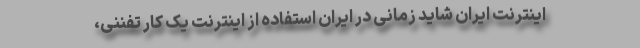
اینترنت ایران شاید زمانی در ایران استفاده از اینترنت یک کار تفننی،